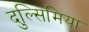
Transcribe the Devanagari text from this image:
दुल्सिमिया